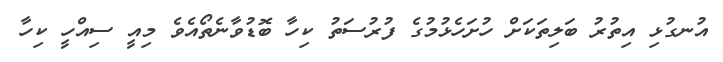
އުނގުޅި އިތުރު ބަލިތަކަށް ހުށަހެޅުމުގެ ފުރުސަތު ކިހާ ބޮޑުވާނެތޯއެވެ މިއީ ސިއްހީ ކިހާ